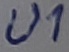
Text: U1